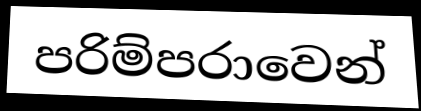
පරිම්පරාවෙන්